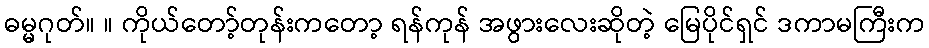
ဓမ္မဂုတ်။ ။ ကိုယ်တော့်တုန်းကတော့ ရန်ကုန် အဖွားလေးဆိုတဲ့ မြေပိုင်ရှင် ဒကာမကြီးက